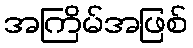
အကြိမ်အဖြစ်